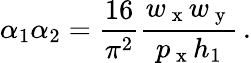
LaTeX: \alpha_{1}\alpha_{2}=\frac{16}{\pi^{2}}\frac{w_{\mathrm{~x~}}w_{\mathrm{~y~}}}{p_{\mathrm{~x~}}h_{1}}\, .